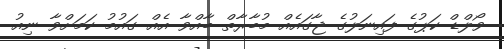
ވޯލްޑް ކަޕުގެ ފައިނަލުގެ ޖާގައެއް މުބާރާތް ބާއްވާ އެއް ގައުމު ކަމަށްވާ ނިއު